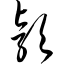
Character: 颖